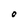
Character: O